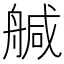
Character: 𦩢